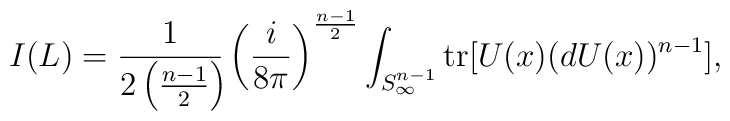
I(L) = \frac {1}{2 \left( \frac {n-1}{2} \right) \!} \left( \frac {i}{8 \pi} \right)^{\frac {n-1}{2}} \int _{S^{n-1}_{\infty}} \hbox {tr} [ U(x) (dU(x))^{n-1} ],